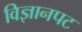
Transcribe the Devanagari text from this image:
विज्ञानपट